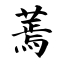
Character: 蔫